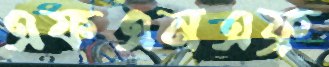
এফএনএফ্র